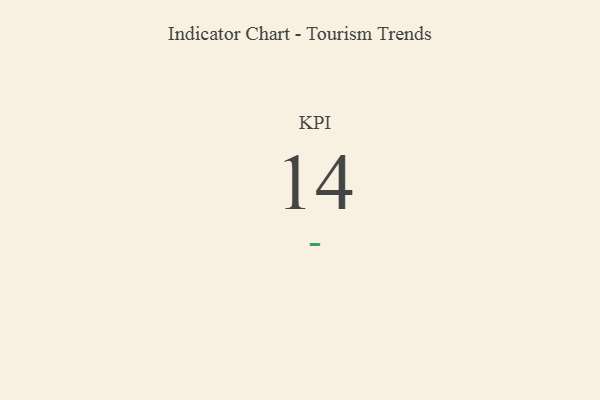
{"axis": {"x": "KPI", "y": "Value"}, "legend": [""], "data": [{"x": "KPI", "y": 14, "type": ""}]}